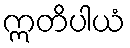
ဣတိပါယံ